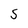
Character: S